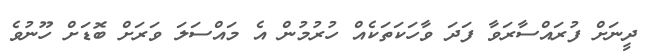
ދީނަށް ފުރައްސާރަވާ ފަދަ ވާހަކަތަކެއް ހުރުމުން އެ މައްސަލަ ވަރަށް ބޮޑަށް ހޫނުވެ